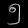
Digit: ၅